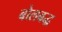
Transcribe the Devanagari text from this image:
बोलबद्ध